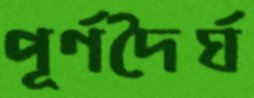
পূর্ণদৈর্ঘ